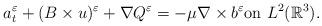
LaTeX: \begin{align*}a^{\varepsilon}_{t}+(B\times u)^{\varepsilon}+\nabla Q^{\varepsilon}=-\mu\nabla \times b^{\varepsilon}\textrm{on}\ L^{2}(\mathbb{R}^{3}).\end{align*}